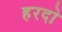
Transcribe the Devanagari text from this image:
हरदो